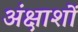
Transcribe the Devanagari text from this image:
अंक्षाशों